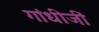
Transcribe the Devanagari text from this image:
गांधीजीं